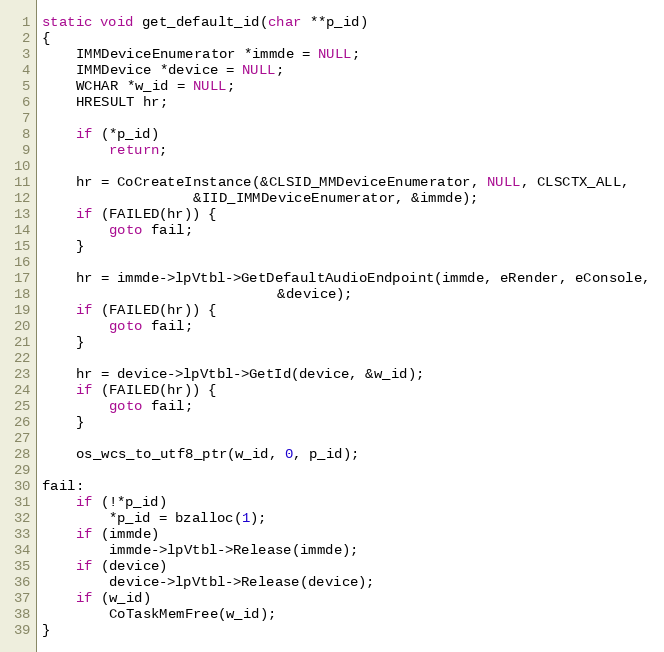
Language: C
static void get_default_id(char **p_id)
{
	IMMDeviceEnumerator *immde = NULL;
	IMMDevice *device = NULL;
	WCHAR *w_id = NULL;
	HRESULT hr;

	if (*p_id)
		return;

	hr = CoCreateInstance(&CLSID_MMDeviceEnumerator, NULL, CLSCTX_ALL,
			      &IID_IMMDeviceEnumerator, &immde);
	if (FAILED(hr)) {
		goto fail;
	}

	hr = immde->lpVtbl->GetDefaultAudioEndpoint(immde, eRender, eConsole,
						    &device);
	if (FAILED(hr)) {
		goto fail;
	}

	hr = device->lpVtbl->GetId(device, &w_id);
	if (FAILED(hr)) {
		goto fail;
	}

	os_wcs_to_utf8_ptr(w_id, 0, p_id);

fail:
	if (!*p_id)
		*p_id = bzalloc(1);
	if (immde)
		immde->lpVtbl->Release(immde);
	if (device)
		device->lpVtbl->Release(device);
	if (w_id)
		CoTaskMemFree(w_id);
}